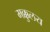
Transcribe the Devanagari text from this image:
मक्कुलय